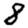
Digit: 8